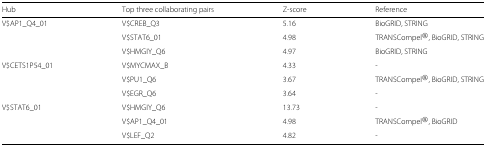
<table><thead><tr><td><b>Hub</b></td><td><b>Top three collaborating pairs</b></td><td><b>Z-score</b></td><td><b>Reference</b></td></tr></thead><tbody><tr><td>V$AP1_Q4_01</td><td>V$CREB_Q3</td><td>5.16</td><td>BioGRID, STRING</td></tr><tr><td></td><td>V$STAT6_01</td><td>4.98</td><td>TRANSCompel <sup><i>R</i></sup>, BioGRID, STRING</td></tr><tr><td></td><td>V$HMGIY_Q6</td><td>4.97</td><td>BioGRID, STRING</td></tr><tr><td>V$CETS1P54_01</td><td>V$MYCMAX_B</td><td>4.33</td><td>-</td></tr><tr><td></td><td>V$PU1_Q6</td><td>3.67</td><td>TRANSCompel <sup><i>R</i></sup>, BioGRID, STRING</td></tr><tr><td></td><td>V$EGR_Q6</td><td>3.64</td><td>-</td></tr><tr><td>V$STAT6_01</td><td>V$HMGIY_Q6</td><td>13.73</td><td>-</td></tr><tr><td></td><td>V$AP1_Q4_01</td><td>4.98</td><td>TRANSCompel <sup><i>R</i></sup>, BioGRID</td></tr><tr><td></td><td>V$LEF_Q2</td><td>4.82</td><td>-</td></tr></tbody></table>